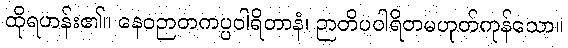
ထိုရဟန်း၏။ နေဝဉာတကပ္ပဝါရိတာနံ၊ ဉာတိပဝါရိတမဟုတ်ကုန်သော။